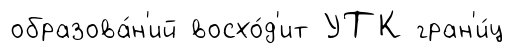
образова́н'ий восхо́д'ит УТК гран'и́ц